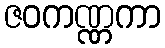
ဇဝကဏ္ဏကာ